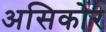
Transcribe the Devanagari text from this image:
असिकोर